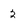
Character: 2